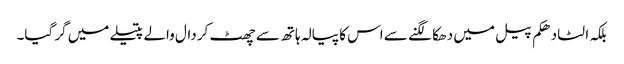
بلکہ الٹا دھکم پیل میں دھکا لگنے سے اس کا پیالہ ہاتھ سے چھٹ کر دال والے پتیلے میں گر گیا۔